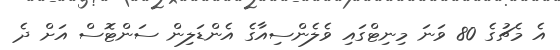
އެ މެޗުގެ 80 ވަނަ މިނިޓްގައި ވެލެންސިއާގެ އެންޑަލިން ސަންޓޮސް އަށް ދެ